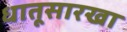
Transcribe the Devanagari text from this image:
धातूसारखा